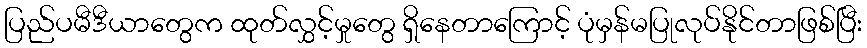
ပြည်ပမီဒီယာတွေက ထုတ်လွှင့်မှုတွေ ရှိနေတာကြောင့် ပုံမှန်မပြုလုပ်နိုင်တာဖြစ်ပြီး